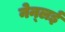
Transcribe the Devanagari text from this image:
नेन्लई